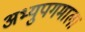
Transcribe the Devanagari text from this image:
अभ्युपगमाला